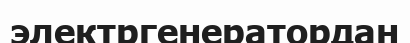
электргенератордан